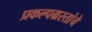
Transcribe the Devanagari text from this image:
प्रकल्पग्रस्तांचे